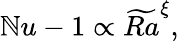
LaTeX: \mathbb{N}u-1\propto\widetilde{{Ra}}^{\xi},